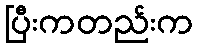
ပြီးကတည်းက